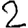
Digit: 2